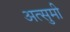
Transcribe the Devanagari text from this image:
अत्सुमी